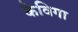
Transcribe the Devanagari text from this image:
कैविगा